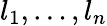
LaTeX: l_{1},\ldots,l_{n}